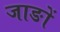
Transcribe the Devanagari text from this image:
जाङों